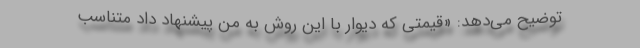
توضیح می‌دهد: «قیمتی که دیوار با این روش به من پیشنهاد داد متناسب